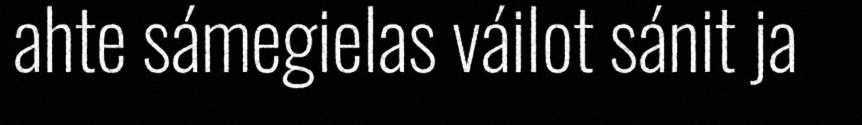
ahte sámegielas váilot sánit ja